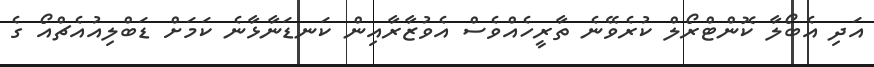
އަދި އެބޯލާ ކޮންޓްރޯލް ކުރެވޭނެ ތާރީހެއްވެސް އެވުޒާރާއިން ކަނޑަނާޅާނެ ކަމަށް ޑަބްލިއުއެޗްއޯ ގެ